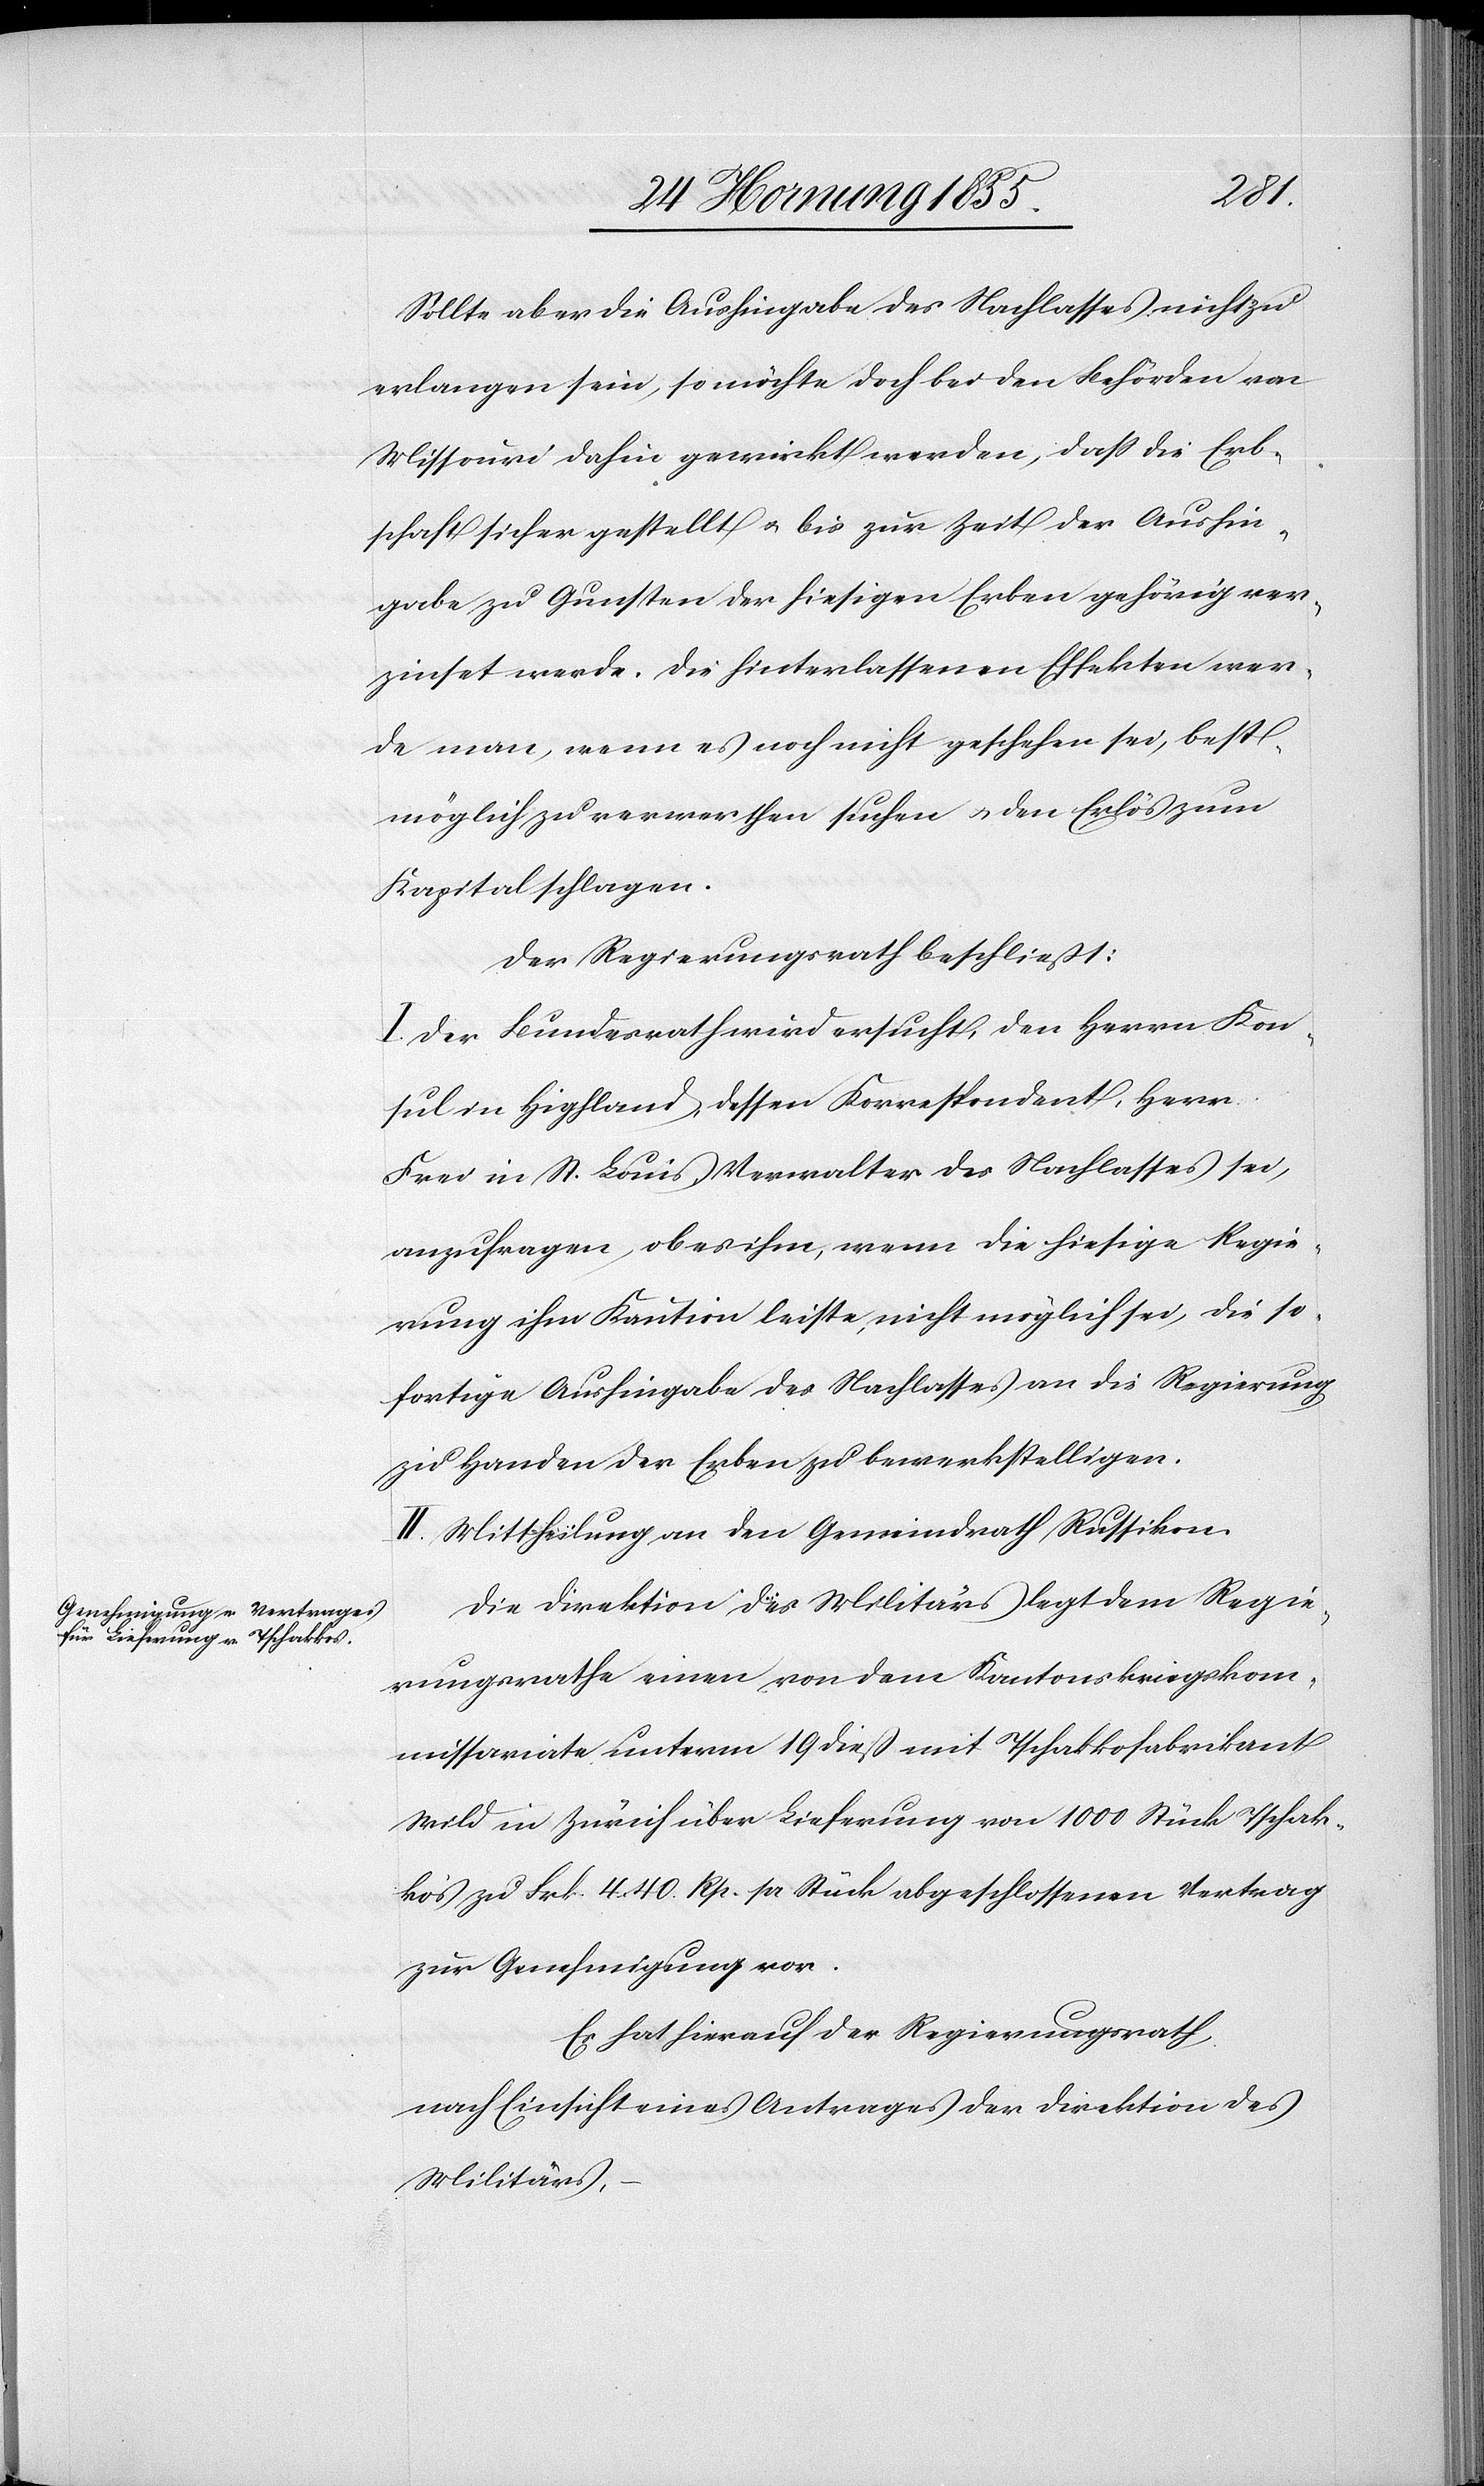
Sollte aber die Aushingabe des Nachlasses nicht zu
erlangen sein, so möchte doch bei den Behörden von
Missouri dahin gewirkt werden, dass die Erb¬
schaft sicher gestellt & bis zur Zeit der Aushin¬
gabe zu Gunsten der hiesigen Erben gehörig ver¬
zinset werde. Die Hinterlassenen Effekten wer¬
de man, wenn es noch nicht geschehen sei, best¬
möglich zu verwerthen suchen & den Erlös zum
Kapital schlagen.
Der Regierungsrath beschließt:
I. Der Bundesrath wird ersucht, den Herrn Kon¬
sul in Highland, dessen Korrespondent, Herr
Frei in St. Louis, Verwalter des Nachlasses sei,
anzufragen, ob es ihm, wenn die hiesige Regie¬
rung ihm Kaution leiste, nicht möglich sei, die so¬
fortige Aushingabe des Nachlasses an die Regierung
zu Handen der Erben zu bewerkstelligen.
II. Mittheilung an den Gemeindrath Russikon.
Die Direktion des Militärs legt dem Regie¬
rungsrathe einen von dem Kantonskriegskom¬
missariate unterm 19 dieß mit Tschakkofabrikant
Wild in Zürich über Lieferung von 1000 Stück Tschak¬
kos zu Frk. 4. 40. Rp. pr Stück abgeschlossenen Vertrag
zur Genehmigung vor.
Es hat hierauf der Regierungsrath,
nach Einsicht eines Antrages der Direktion des
Militärs, –